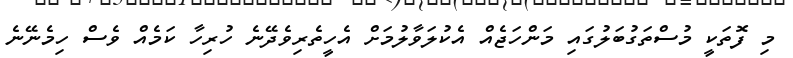
މި ފޮތަކީ މުސްތަގުބަލުގައި މަންހަޖެއް އެކުލަވާލުމަށް އެހީތެރިވެދޭނެ ހުރިހާ ކަމެއް ވެސް ހިމެނޭނެ